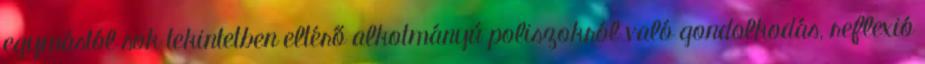
egymástól sok tekintetben eltérő alkotmányú poliszokról való gondolkodás, reflexió